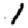
Digit: 1